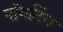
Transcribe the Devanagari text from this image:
पॉयटिंग